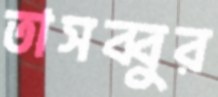
তাসব্বুর